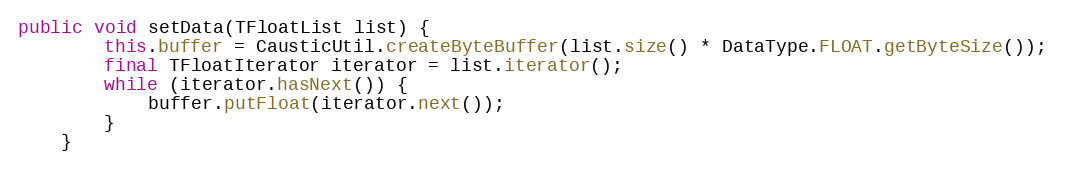
Language: Java
public void setData(TFloatList list) {
        this.buffer = CausticUtil.createByteBuffer(list.size() * DataType.FLOAT.getByteSize());
        final TFloatIterator iterator = list.iterator();
        while (iterator.hasNext()) {
            buffer.putFloat(iterator.next());
        }
    }